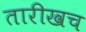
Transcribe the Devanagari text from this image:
तारीखच